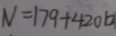
N = 1 7 9 + 4 2 0 b